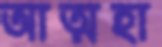
আত্মহা